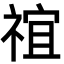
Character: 𬓇